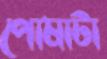
পোষাটা